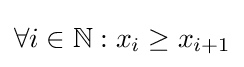
\forall i\in \mathbb {N} :x_{i}\geq x_{i+1}